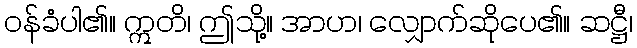
ဝန်ခံပါ၏။ ဣတိ၊ ဤသို့။ အာဟ၊ လျှောက်ဆိုပေ၏။ ဆဋ္ဌီ၊